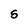
Character: S